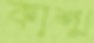
কাশ্ম